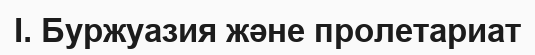
I. Буржуазия және пролетариат